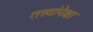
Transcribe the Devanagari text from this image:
तत्त्वांपेक्षा